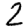
Digit: 2